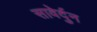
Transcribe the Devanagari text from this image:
सावेर्दुन